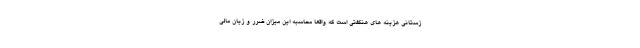
زستانی هزینه های هنگفتی است که واقعا محاسبه این میزان ضرر و زیان مالی